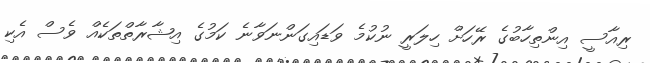
ރިއާސީ އިންތިހާބުގެ ރޭހަށް ހިލަރީ ނުކުމެ ވަޑައިގަންނަވާނެ ކަމުގެ އިޝާރާތްތަކެއް ވެސް އެކި